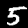
Label: 5